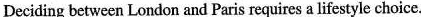
Deciding between London and Paris requires a lifestyle choice.